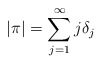
\begin{align*}|\pi|=\sum_{j=1}^\infty j\delta_j\end{align*}